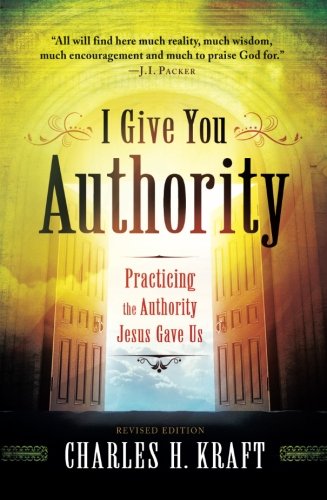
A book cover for I Give You Authority: Practicing the Authority Jesus Gave Us; Charles H. Kraft; Christian Books & Bibles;